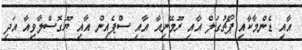
އާއި ޑެންމާކާއި ޕޯޗުގަލް އާއި ރޫމޭނިއާ އާއި ސްޕެއިން އާއި ޔޫގޮސްލާވިއާ އަދި